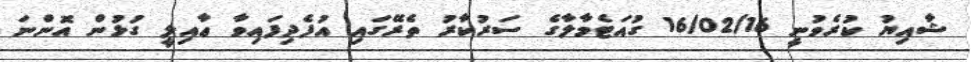
ޝާއިޔު ކުރެވުނީ 16/02/16 ގުއަޓެމާލާގެ ސަރުކާރު ތެރޭގައި އުފެދިފައިވާ ޢާއިލީ ގުޅުން އޮންނަ